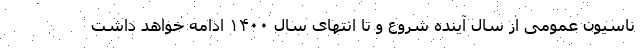
ناسیون عمومی از سال آینده شروع و تا انتهای سال ۱۴۰۰ ادامه خواهد داشت